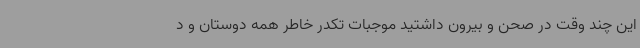
این چند وقت در صحن و بیرون داشتید موجبات تکدر خاطر همه دوستان و د